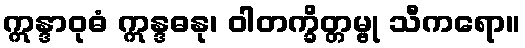
ဣန္ဒာဝုဓံ ဣန္ဒဓနု၊ ဝါတက္ခိတ္တမ္ဗု သီကရော။